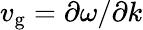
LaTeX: v_{\mathrm{g}}=\partial\omega/\partial k